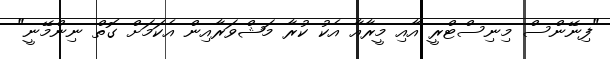
"ފިނޭންސް މިނިސްޓްރީ އާއި މީރާއާ އެކު ކުރާ މަޝްވަރާއިން އެކަމަށް ގޮތް ނިންމޭނީ"